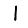
Digit: 1